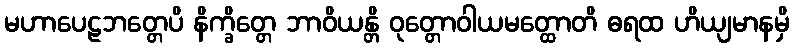
မဟာပေဠဘတ္တေပိ နိက္ခိတ္တေ ဘာဝိယန္တိ ဝုတ္တောဝါယမတ္ထောတိ ဓရထ ဟိယျမာနမှိ